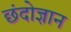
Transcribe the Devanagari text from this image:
छंदोज्ञान